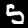
Label: 5